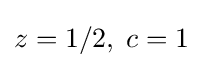
z=1/2,\;c=1